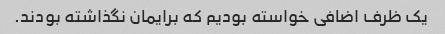
یک ظرف اضافی خواسته بودیم که برایمان نگذاشته بودند.